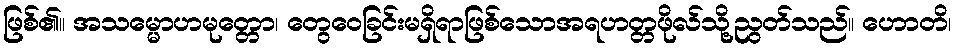
ဖြစ်၏။ အသမ္မောဟမုတ္တော၊ တွေဝေခြင်းမရှိရာဖြစ်သောအရဟတ္တဖိုလ်သို့ညွတ်သည်။ ဟောတိ၊